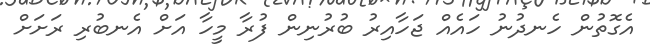
އެގޮތުން ހެނދުނު ހައެއް ޖަހާއިރު ބުރުނިން ފުރާ މީހާ އަށް އެނބުރި ރަށަށް